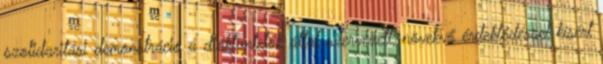
szolidaritási demonstráció a diáktüntetők által szervezett, növekvő érdeklődéssel kísért